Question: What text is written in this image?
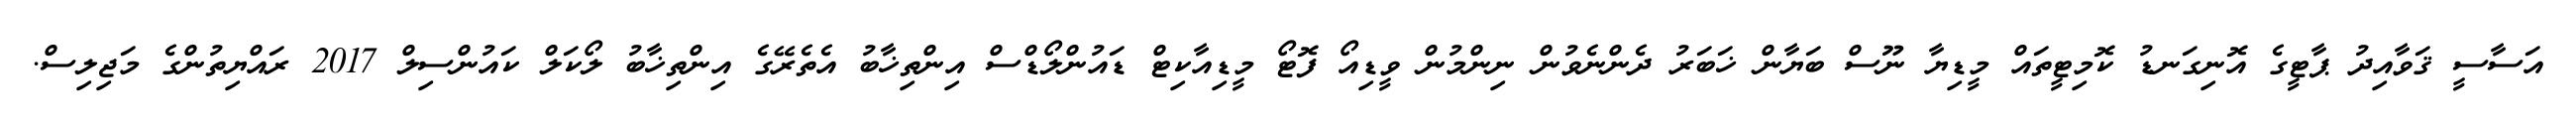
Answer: އަސާސީ ޤަވާއިދު ޕާޓީގެ އޮނިގަނޑު ކޮމިޓީތައް މީޑިޔާ ނޫސް ބަޔާން ޚަބަރު ދެންނެވުން ނިންމުން ވީޑިއޯ ފޮޓޯ މީޑިއާކިޓް ޑައުންލޯޑްސް އިންތިޚާބު އެތެރޭގެ އިންތިޚާބު ލޯކަލް ކައުންސިލް 2017 ރައްޔިތުންގެ މަޖިލިސް.